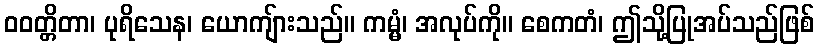
ဝဝတ္တိတာ၊ ပုရိသေန၊ ယောကျ်ားသည်။ ကမ္မံ၊ အလုပ်ကို။ စေကတံ၊ ဤသို့ပြုအပ်သည်ဖြစ်